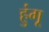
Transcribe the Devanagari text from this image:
हुंगू